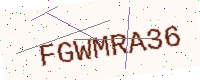
Text: FGWMRA36